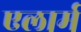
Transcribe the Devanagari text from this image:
एलार्म